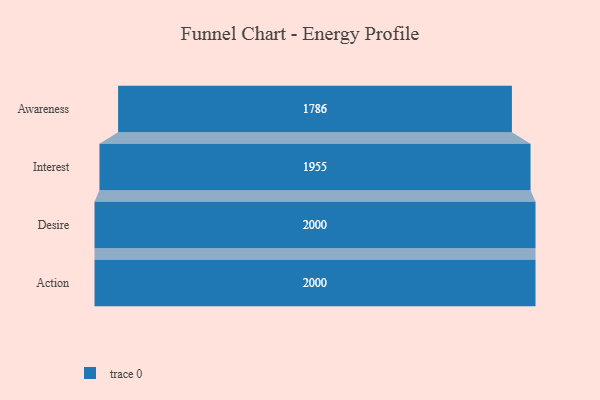
{"axis": {"x": "Stage", "y": "Value"}, "legend": [""], "data": [{"x": "Awareness", "y": 1786.0, "type": ""}, {"x": "Interest", "y": 1955.0, "type": ""}, {"x": "Desire", "y": 2000, "type": ""}, {"x": "Action", "y": 2000, "type": ""}]}